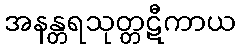
အနန္တရသုတ္တဋီကာယ